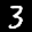
Label: 3